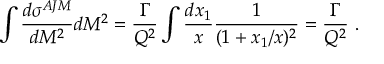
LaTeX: \int { \frac { d \sigma ^ { A J M } } { d M ^ { 2 } } } d M ^ { 2 } = { \frac { \Gamma } { Q ^ { 2 } } } \int { \frac { d x _ { 1 } } { x } } { \frac { 1 } { ( 1 + x _ { 1 } / x ) ^ { 2 } } } = { \frac { \Gamma } { Q ^ { 2 } } } \ .